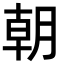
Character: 朝